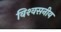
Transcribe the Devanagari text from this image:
विश्‍वसनीय